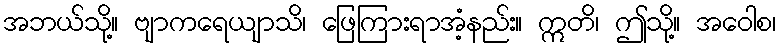
အဘယ်သို့။ ဗျာကရေယျာသိ၊ ဖြေကြားရာအံ့နည်း။ ဣတိ၊ ဤသို့။ အဝေါစ၊